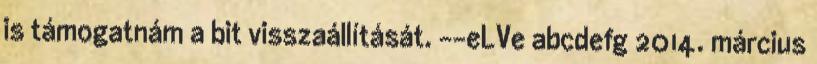
is támogatnám a bit visszaállítását. --eLVe abcdefg 2014. március